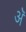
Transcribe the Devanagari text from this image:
अॅ